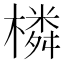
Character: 橉